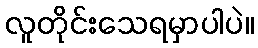
လူတိုင်းသေရမှာပါပဲ။